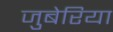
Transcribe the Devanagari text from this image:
जुबेरिया